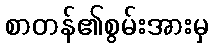
စာတန်၏စွမ်းအားမှ